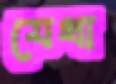
যেথা